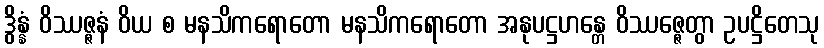
ဒွိန္နံ ဝိဿဇ္ဇနံ ဝိယ စ မနသိကရောတော မနသိကရောတော အနုပဋ္ဌဟန္တေ ဝိဿဇ္ဇေတွာ ဥပဋ္ဌိတေသု